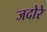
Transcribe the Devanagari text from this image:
जदोरे